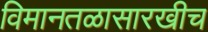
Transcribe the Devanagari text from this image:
विमानतळासारखीच